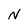
Character: N